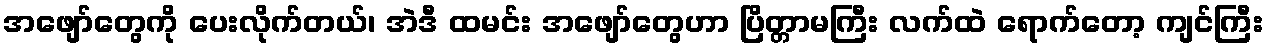
အဖျော်တွေကို ပေးလိုက်တယ်၊ အဲဒီ ထမင်း အဖျော်တွေဟာ ပြိတ္တာမကြီး လက်ထဲ ရောက်တော့ ကျင်ကြီး